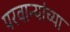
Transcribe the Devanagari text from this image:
परवान्यांच्या